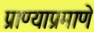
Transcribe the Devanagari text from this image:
प्राण्याप्रमाणे